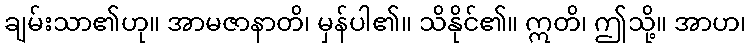
ချမ်းသာ၏ဟု။ အာမဇာနာတိ၊ မှန်ပါ၏။ သိနိုင်၏။ ဣတိ၊ ဤသို့။ အာဟ၊